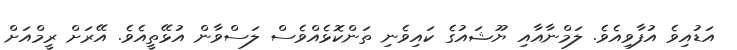
އަޑުއިވެ އުފާވިއެވެ. ލަމްނާއާއި ޔޫޝައުގެ ކައިވެނި ތަންކޮޅެއްވެސް ލަސްވާން އުޅޭތީއެވެ. އޭރަށް ރީމްއަށް